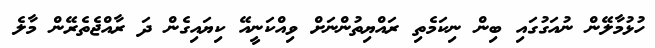
ހުޅުމާލޭން ނުއަގުގައި ބިން ނިކަމެތި ރައްޔިތުންނަށް ވިއްކަނީއޭ ކިޔައިގެން ދަ ރާއްޖެތެރޭން މާލެ